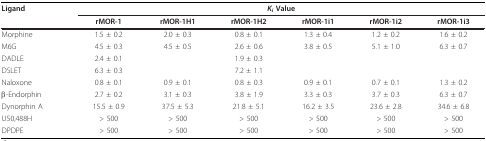
<table><thead><tr><td><b>Ligand</b></td><td colspan="6"><b><i>K</i><sub><i>i </i></sub>Value</b></td></tr><tr><td></td><td><b>rMOR-1</b></td><td><b>rMOR-1H1</b></td><td><b>rMOR-1H2</b></td><td><b>rMOR-1i1</b></td><td><b>rMOR-1i2</b></td><td><b>rMOR-1i3</b></td></tr></thead><tbody><tr><td>Morphine</td><td>1.5 ± 0.2</td><td>2.0 ± 0.3</td><td>0.8 ± 0.1</td><td>1.3 ± 0.4</td><td>1.2 ± 0.2</td><td>1.6 ± 0.2</td></tr><tr><td>M6G</td><td>4.5 ± 0.3</td><td>4.5 ± 0.5</td><td>2.6 ± 0.6</td><td>3.8 ± 0.5</td><td>5.1 ± 1.0</td><td>6.3 ± 0.7</td></tr><tr><td>DADLE</td><td>2.4 ± 0.1</td><td></td><td>1.9 ± 0.3</td><td></td><td></td><td></td></tr><tr><td>DSLET</td><td>6.3 ± 0.3</td><td></td><td>7.2 ± 1.1</td><td></td><td></td><td></td></tr><tr><td>Naloxone</td><td>0.8 ± 0.1</td><td>0.9 ± 0.1</td><td>0.8 ± 0.3</td><td>0.9 ± 0.1</td><td>0.7 ± 0.1</td><td>1.3 ± 0.2</td></tr><tr><td>β-Endorphin</td><td>2.7 ± 0.2</td><td>3.1 ± 0.3</td><td>3.8 ± 1.9</td><td>3.3 ± 0.3</td><td>3.7 ± 0.3</td><td>6.3 ± 0.7</td></tr><tr><td>Dynorphin A</td><td>15.5 ± 0.9</td><td>37.5 ± 5.3</td><td>21.8 ± 5.1</td><td>16.2 ± 3.5</td><td>23.6 ± 2.8</td><td>34.6 ± 6.8</td></tr><tr><td>U50,488H</td><td>&gt; 500</td><td>&gt; 500</td><td>&gt; 500</td><td>&gt; 500</td><td>&gt; 500</td><td>&gt; 500</td></tr><tr><td>DPDPE</td><td>&gt; 500</td><td>&gt; 500</td><td>&gt; 500</td><td>&gt; 500</td><td>&gt; 500</td><td>&gt; 500</td></tr></tbody></table>